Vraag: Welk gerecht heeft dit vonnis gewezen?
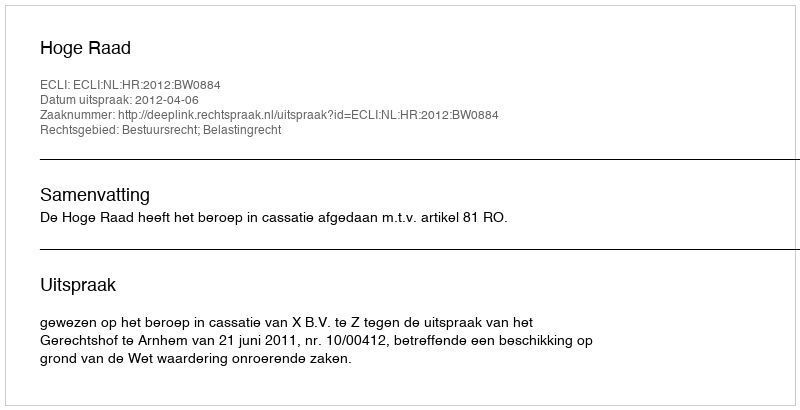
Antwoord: Hoge Raad